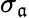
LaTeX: \sigma_{\mathfrak{a}}